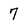
Character: 7